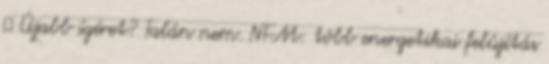
→ Újabb ígéret? Talán nem. NFM: több energetikai felújítás